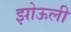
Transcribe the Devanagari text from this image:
झोऊली